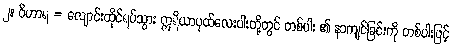
၂။ ဝိဟာရ = လျောင်းထိုင်ရပ်သွား ဣရိယာပုထ်လေးပါးတို့တွင် တစ်ပါး ၏ နာကျင်ခြင်းကို တစ်ပါးဖြင့်